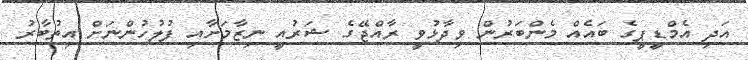
އަދި އެމްޑީޕީގެ ބައެއް މެންބަރުން ވިދާޅުވީ ރާއްޖޭގެ ޝަރުއީ ނިޒާމަށާއި ފުލުހުންނަށް އިތުބާރު